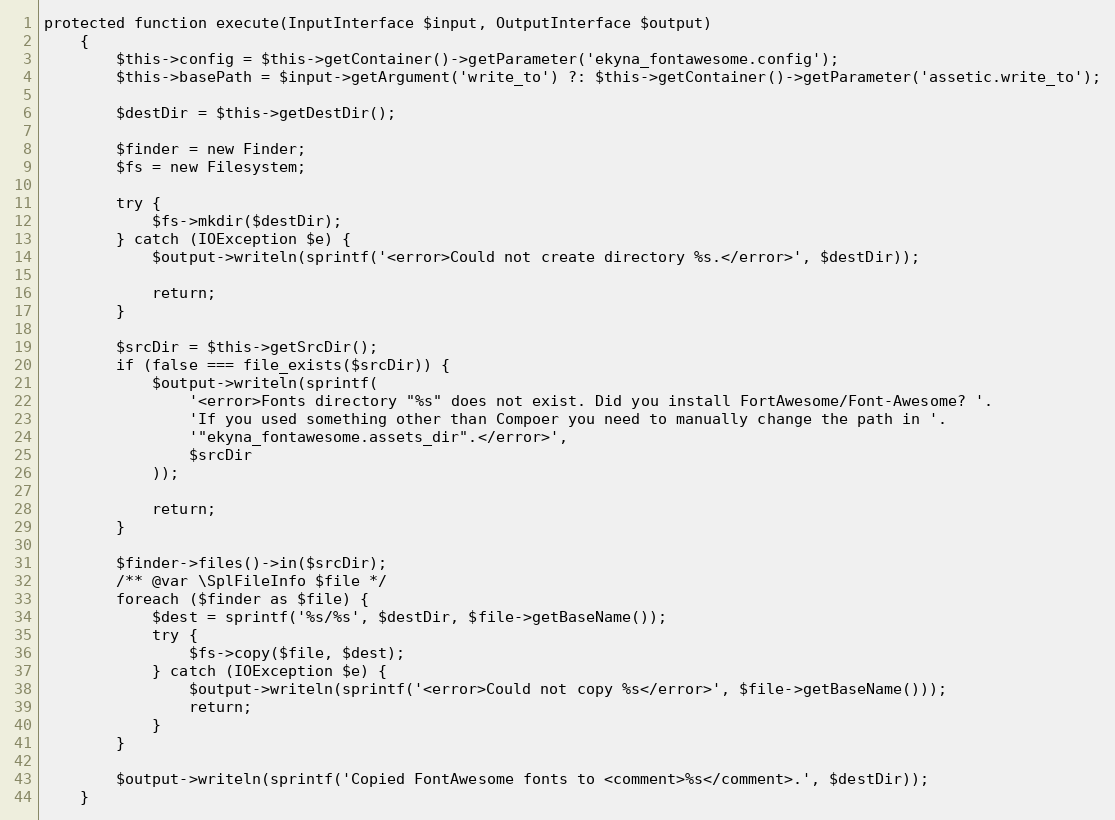
Language: PHP
protected function execute(InputInterface $input, OutputInterface $output)
    {
        $this->config = $this->getContainer()->getParameter('ekyna_fontawesome.config');
        $this->basePath = $input->getArgument('write_to') ?: $this->getContainer()->getParameter('assetic.write_to');

        $destDir = $this->getDestDir();

        $finder = new Finder;
        $fs = new Filesystem;

        try {
            $fs->mkdir($destDir);
        } catch (IOException $e) {
            $output->writeln(sprintf('<error>Could not create directory %s.</error>', $destDir));

            return;
        }

        $srcDir = $this->getSrcDir();
        if (false === file_exists($srcDir)) {
            $output->writeln(sprintf(
                '<error>Fonts directory "%s" does not exist. Did you install FortAwesome/Font-Awesome? '.
                'If you used something other than Compoer you need to manually change the path in '.
                '"ekyna_fontawesome.assets_dir".</error>',
                $srcDir
            ));

            return;
        }

        $finder->files()->in($srcDir);
        /** @var \SplFileInfo $file */
        foreach ($finder as $file) {
            $dest = sprintf('%s/%s', $destDir, $file->getBaseName());
            try {
                $fs->copy($file, $dest);
            } catch (IOException $e) {
                $output->writeln(sprintf('<error>Could not copy %s</error>', $file->getBaseName()));
                return;
            }
        }

        $output->writeln(sprintf('Copied FontAwesome fonts to <comment>%s</comment>.', $destDir));
    }